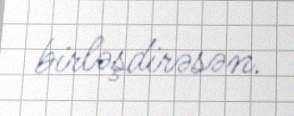
birləşdirəsən.